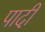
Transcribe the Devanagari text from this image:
पादी